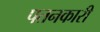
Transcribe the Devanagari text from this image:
पतनकारी